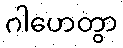
ဂါဟေတွာ